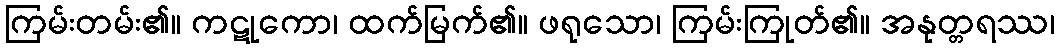
ကြမ်းတမ်း၏။ ကဋုကော၊ ထက်မြက်၏။ ဖရုသော၊ ကြမ်းကြုတ်၏။ အနုတ္တရဿ၊